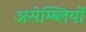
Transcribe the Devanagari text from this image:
असेम्ब्लियों